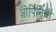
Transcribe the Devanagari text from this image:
ओपिनियों